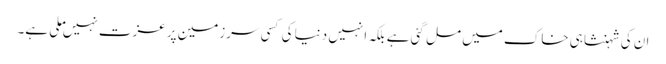
ان کی شہنشاہی خاک میں مل گئی ہے بلکہ انہیں دنیا کی کسی سرزمین پر عزت نہیں ملی ہے۔